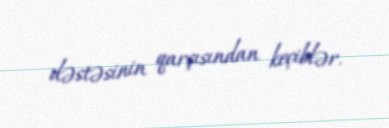
dəstəsinin qarşısından keçiblər.